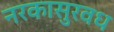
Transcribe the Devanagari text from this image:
नरकासुरवध